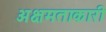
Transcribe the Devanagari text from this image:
अक्षमताकारी